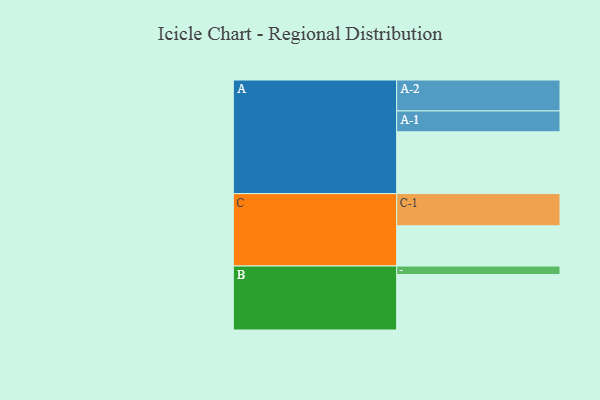
{"axis": {"x": "Segment", "y": "Value"}, "legend": ["", "A", "B", "C"], "data": [{"x": "A", "y": 533, "type": ""}, {"x": "B", "y": 479, "type": ""}, {"x": "C", "y": 347, "type": ""}, {"x": "A-1", "y": 180, "type": "A"}, {"x": "A-2", "y": 267, "type": "A"}, {"x": "B-1", "y": 73, "type": "B"}, {"x": "C-1", "y": 278, "type": "C"}]}